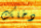
دخلك